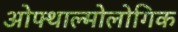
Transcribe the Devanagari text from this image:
ओफ्थाल्मोलोगिक